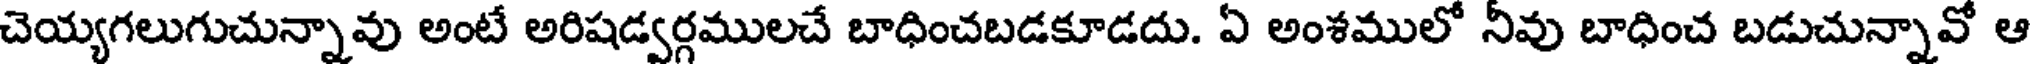
చెయ్యగలుగుచున్నావు అంటే అరిషడ్వర్గములచే బాధించబడకూడదు. ఏ అంశములో నీవు బాధించ బడుచున్నావో ఆ